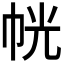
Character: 𭘜